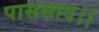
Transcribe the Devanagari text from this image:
पाससाद।।